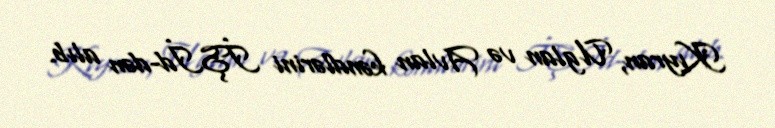
Kıyran, Uglan və Avlan kəndlərini İŞİd-dən alıb.